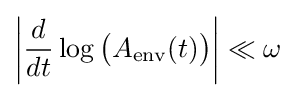
\left|{\frac {d}{dt}}\log {\big (}A_{\text{env}}(t){\big )}\right|\ll \omega \